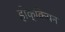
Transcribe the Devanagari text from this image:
होक्कियन